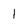
Character: 1